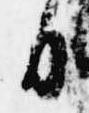
白